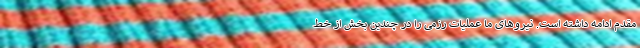
مقدم ادامه داشته است. نیروهای ما عملیات رزمی را در چندین بخش از خط